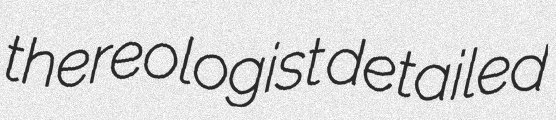
thereologist detailed